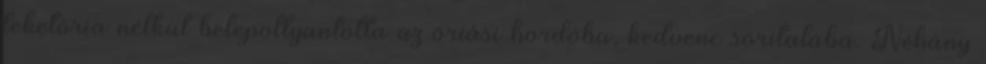
teketória nélkül belepottyantotta az óriási hordóba, kedvenc söritalába. Néhány